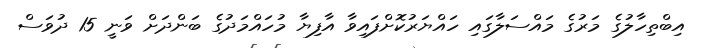
އިބްތިހާލުގެ މަރުގެ މައްސަލާގައި ހައްޔަރުކޮށްފައިވާ އާފިޔާ މުހައްމަދުގެ ބަންދަށް ވަނީ 15 ދުވަސް